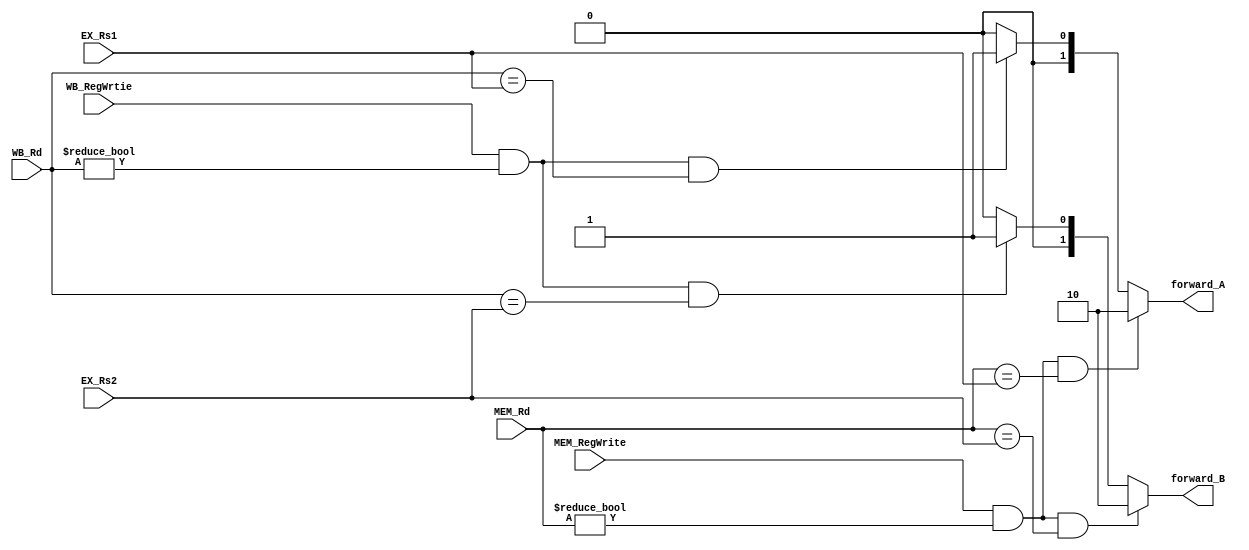
module Forwarding_Unit
(
    input       [4:0]   EX_Rs1,
    input       [4:0]   EX_Rs2,
    input       [4:0]   MEM_Rd,
    input       [4:0]   WB_Rd,
    input               MEM_RegWrite,
    input               WB_RegWrtie,
    output  reg [1:0]   forward_A, 
    output  reg [1:0]   forward_B
);

always@(*) begin
    // EX hazard
    if (MEM_RegWrite && (MEM_Rd != 5'b0) && (MEM_Rd == EX_Rs1)) begin
        forward_A = 2'b10;
    end

    else if (WB_RegWrtie && (WB_Rd != 5'b0) && (WB_Rd == EX_Rs1)) begin
        forward_A = 2'b01;
    end

    else begin
        forward_A = 2'b00;
    end

    if (MEM_RegWrite && (MEM_Rd != 5'b0) && (MEM_Rd == EX_Rs2)) begin
        forward_B = 2'b10;
    end

    else if (WB_RegWrtie && (WB_Rd != 5'b0) && (WB_Rd == EX_Rs2)) begin
        forward_B = 2'b01;
    end
    else begin
        forward_B = 2'b00;
    end 
end

endmodule